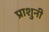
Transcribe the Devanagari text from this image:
प्राशुनी